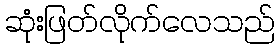
ဆုံးဖြတ်လိုက်လေသည်